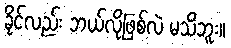
ခိုင်လည်း ဘယ်လိုဖြစ်လဲ မသိဘူး။